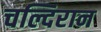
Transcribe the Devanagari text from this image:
चल्दिरान